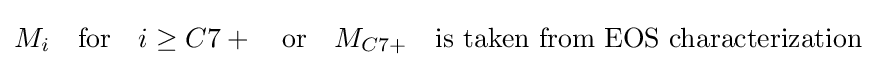
M_{i}\quad {\text{for}}\quad i\geq C7+\quad {\text{or}}\quad M_{C7+}\quad {\text{is taken from EOS characterization}}